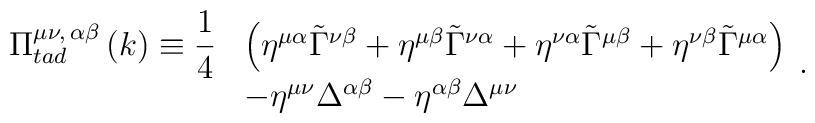
\begin{array}{lll}\Pi_{tad}^{\mu\nu ,\,\alpha\beta}\left(k\right)\equiv\displaystyle{\frac {1}{4}}&\left(\eta^{\mu\alpha}\tilde\Gamma^{\nu\beta}+                         \eta^{\mu\beta} \tilde\Gamma^{\nu\alpha}+                         \eta^{\nu\alpha}\tilde\Gamma^{\mu\beta}+                         \eta^{\nu\beta}\tilde\Gamma^{\mu\alpha}\right)\\&-\eta^{\mu\nu}\Delta^{\alpha\beta}-\eta^{\alpha\beta}\Delta^{\mu\nu}\end{array}.